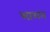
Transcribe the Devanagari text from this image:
भाशन